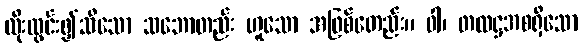
ထိုးထွင်း၍သိသော သဘောတည်း ဟူသော အဖြစ်တေည်း။ ဝါ၊ တထဋ္ဌအစရှိသော